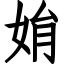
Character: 姢